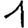
Digit: 1